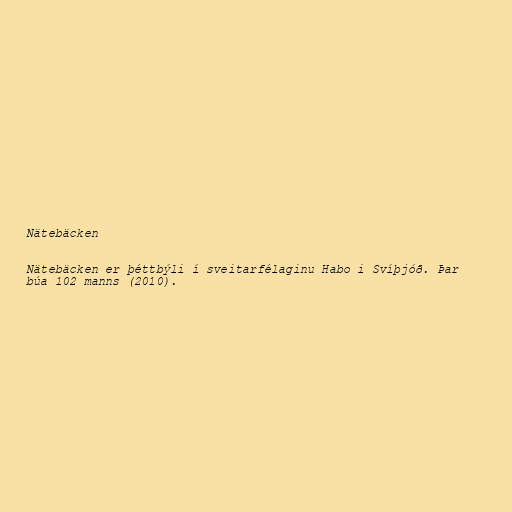
Nätebäcken

Nätebäcken er þéttbýli í sveitarfélaginu Habo i Svíþjóð. Þar
búa 102 manns (2010).